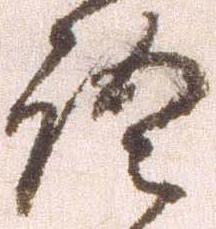
語